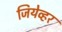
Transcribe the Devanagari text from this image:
जियेव्हर